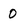
Character: 0